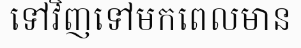
ទៅវិញទៅមកពេលមាន